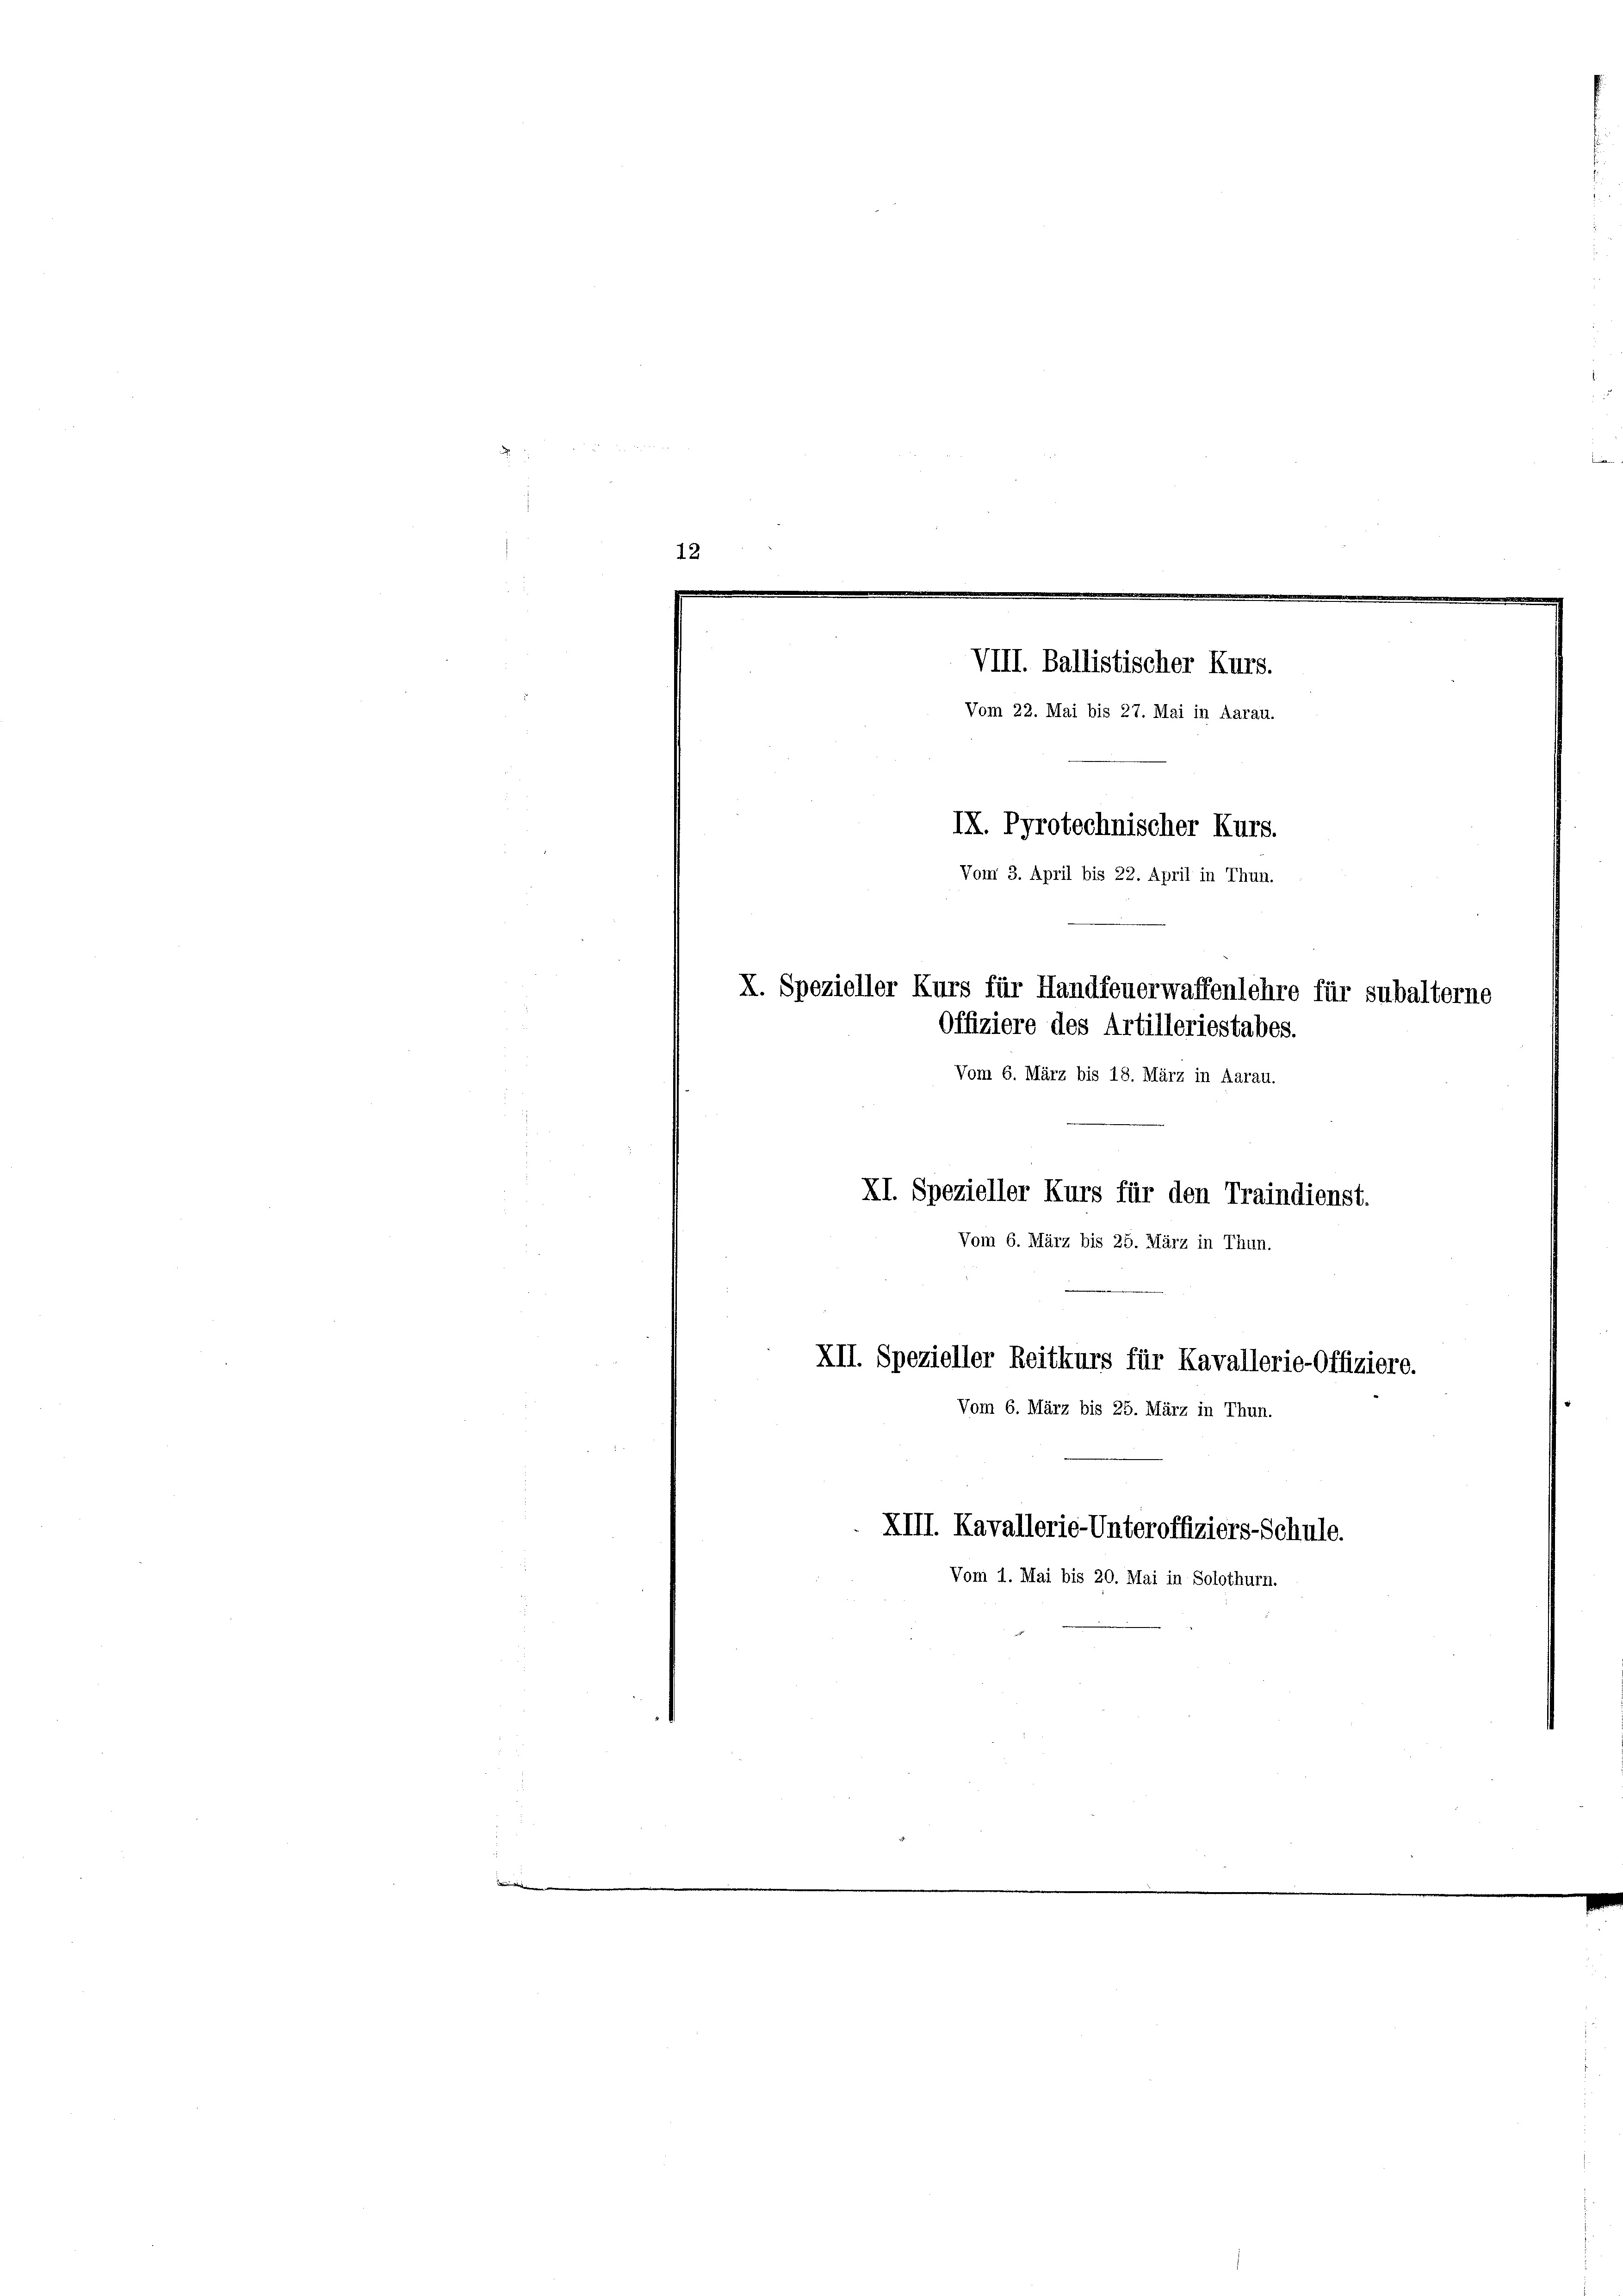
12.

IX. Pyrotechnischer Kurs.
Vom 3. April bis 22. April in Thun.
X. Spezieller Kurs für Handfeuerwaffenlehre für subalterne
Offiziere des Artilleriestabes.
Vom 6. März bis 18. März in Aarau.

VIII. Ballistischer Kurs.
Vom 22. Mai bis 27. Mai in Aarau.
XI. Spezieller Kurs für den Traindienst.
Vom 6. März bis 25. März in Thun.
XII. Spezieller Reitkurs für Kavallerie-Offiziere.
Vom 6. März bis 25. März in Thun.

XIII. Kavallerie-Unteroffiziers-Schule.
Vom 1. Mai bis 20. Mai in Solothurn.